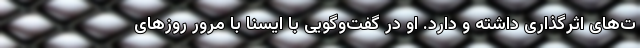
ت­‌های اثرگذاری داشته و دارد. او در گفت‌وگویی با ایسنا با مرور روزهای